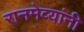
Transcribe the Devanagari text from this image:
रानमेव्यांनी